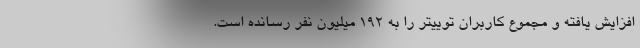
افزایش یافته و مجموع کاربران توییتر را به 192 میلیون نفر رسانده است.